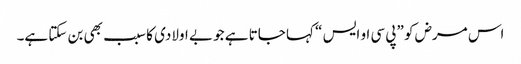
اس مرض کو ”پی سی او ایس “ کہا جاتا ہے جو بے اولادی کا سبب بھی بن سکتا ہے۔